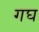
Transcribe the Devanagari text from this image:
गघ